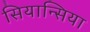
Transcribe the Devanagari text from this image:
सियान्सिया